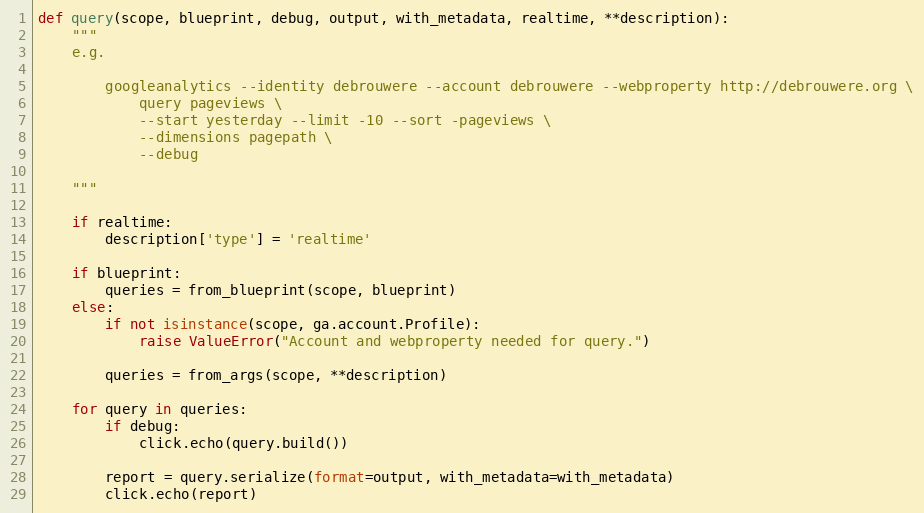
Language: Python
def query(scope, blueprint, debug, output, with_metadata, realtime, **description):
    """
    e.g.

        googleanalytics --identity debrouwere --account debrouwere --webproperty http://debrouwere.org \
            query pageviews \
            --start yesterday --limit -10 --sort -pageviews \
            --dimensions pagepath \
            --debug

    """

    if realtime:
        description['type'] = 'realtime'

    if blueprint:
        queries = from_blueprint(scope, blueprint)
    else:
        if not isinstance(scope, ga.account.Profile):
            raise ValueError("Account and webproperty needed for query.")

        queries = from_args(scope, **description)

    for query in queries:
        if debug:
            click.echo(query.build())

        report = query.serialize(format=output, with_metadata=with_metadata)
        click.echo(report)